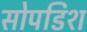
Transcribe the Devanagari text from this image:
सोपडिश